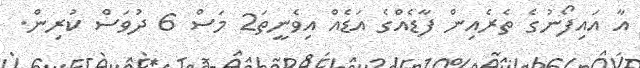
އާ އައިފޯނުގެ ތެރެއިން ފާޑެއްގެ އަޑެއް އިވެނީތަ2 މަސް 6 ދުވަސް ކުރިން.